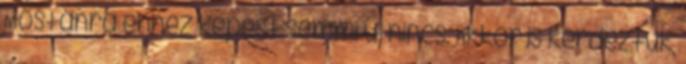
Mostanra ehhez képest semmi új nincs. Akkor is kérdeztük,